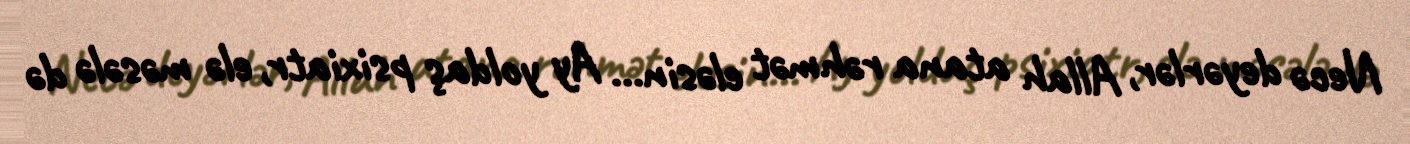
Necə deyərlər, Allah atana rəhmət eləsin... Ay yoldaş psixiatr, elə məsələ də